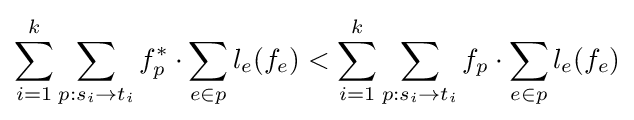
\sum _{i=1}^{k}\sum _{p:s_{i}\rightarrow t_{i}}f_{p}^{*}\cdot \sum _{e\in p}l_{e}(f_{e})<\sum _{i=1}^{k}\sum _{p:s_{i}\rightarrow t_{i}}f_{p}\cdot \sum _{e\in p}l_{e}(f_{e})